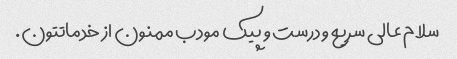
سلام عالی سریع و درست و پیک مودب ممنون از خدماتتون.